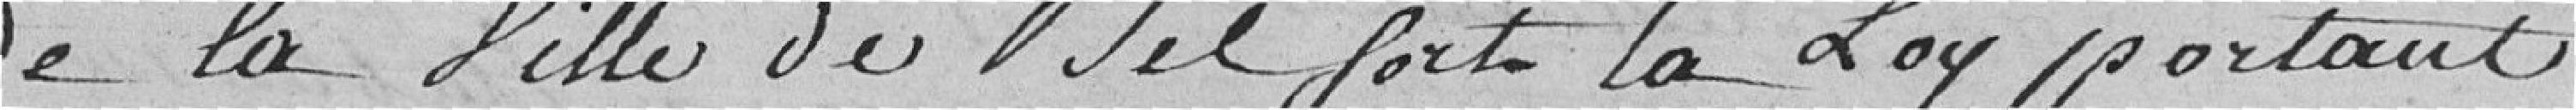
de la ville de Belfort la loi portant